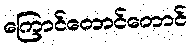
ကြောင်တောင်တောင်